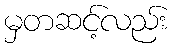
မှတဆင့်လည်း